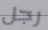
رجل